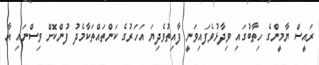
ރައީސް ޔާމީންގެ ހިތާބުގައި ވިދާޅުވެފައިވަނީ ފާއިތުވެދިޔަ އަހަރުގެ ކަންތައްތަކާމެދު ފުންކޮށް ވިސްނައި އާ